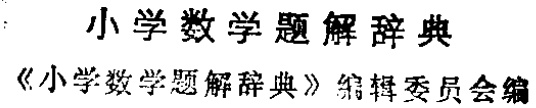
小学数学题解辞典

《小学数学题解辞典》编辑委员会编